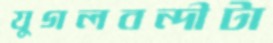
যুগলবন্দীটা